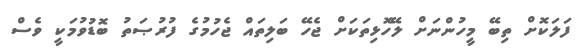
ފަލަކޮށް ތިބޭ މީހުންނަށް ލޭހޮޅިތަކަށް ޖެހޭ ބަލިތައް ޖެހުމުގެ ފުރުޞަތު ބޮޑުވުމަކީ ވެސް